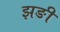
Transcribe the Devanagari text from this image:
झङी